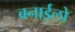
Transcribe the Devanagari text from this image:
बनाईलो